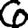
Digit: 6